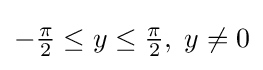
{\textstyle -{\frac {\pi }{2}}\leq y\leq {\frac {\pi }{2}},\;y\neq 0}